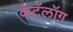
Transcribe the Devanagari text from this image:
कॅटॅलॉग